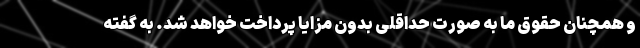
و همچنان حقوق ما به صورت حداقلی بدون مزایا پرداخت خواهد شد. به گفته